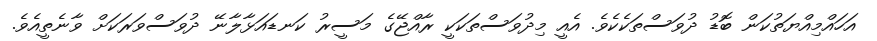
އަހައްމިއްޔަތުކަން ބޮޑު ދުވަސްތަކެކެވެ. އެއީ މިދުވަސްތަކަކީ ރާއްޖޭގެ މަސީރު ކަނޑައަޅާލާނޭ ދުވަސްވަރަކަށް ވާނެތީއެވެ.